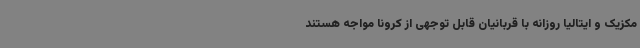
مکزیک و ایتالیا روزانه با قربانیان قابل توجهی از کرونا مواجه هستند